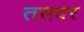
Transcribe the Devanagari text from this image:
तसवर